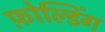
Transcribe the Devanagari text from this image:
फ़ोल्डिंग